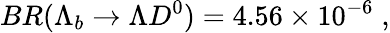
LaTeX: BR(\Lambda_{b}\to\Lambda D^{0})=4.56\times 10^{-6}\; ,